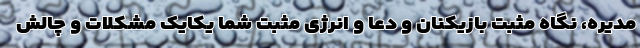
مدیره، نگاه مثبت بازیکنان و دعا و انرژی مثبت شما یکایک مشکلات و چالش